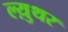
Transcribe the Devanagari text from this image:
ल्य़ुथर